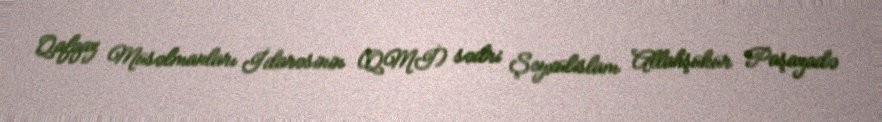
Qafqaz Müsəlmanları İdarəsinin (QMİ) sədri Şeyxülislam Allahşükür Paşazadə